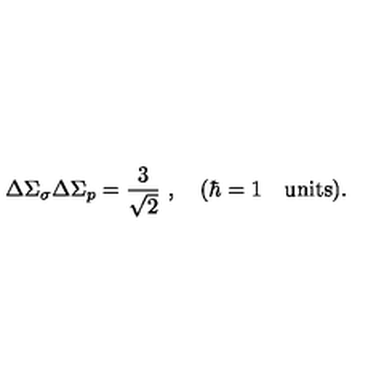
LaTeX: \Delta \Sigma _ { \sigma } \Delta \Sigma _ { p } = { \frac { 3 } { \sqrt 2 } } \ , \quad ( \hbar = 1 \quad \mathrm { u n i t s } ) .